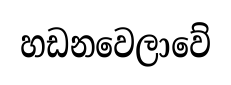
හඩනවෙලාවේ